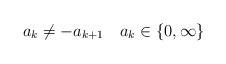
LaTeX: \begin{align*}a_k \neq -a_{k+1} \quad a_k \in \{0,\infty\}\qquad\end{align*}